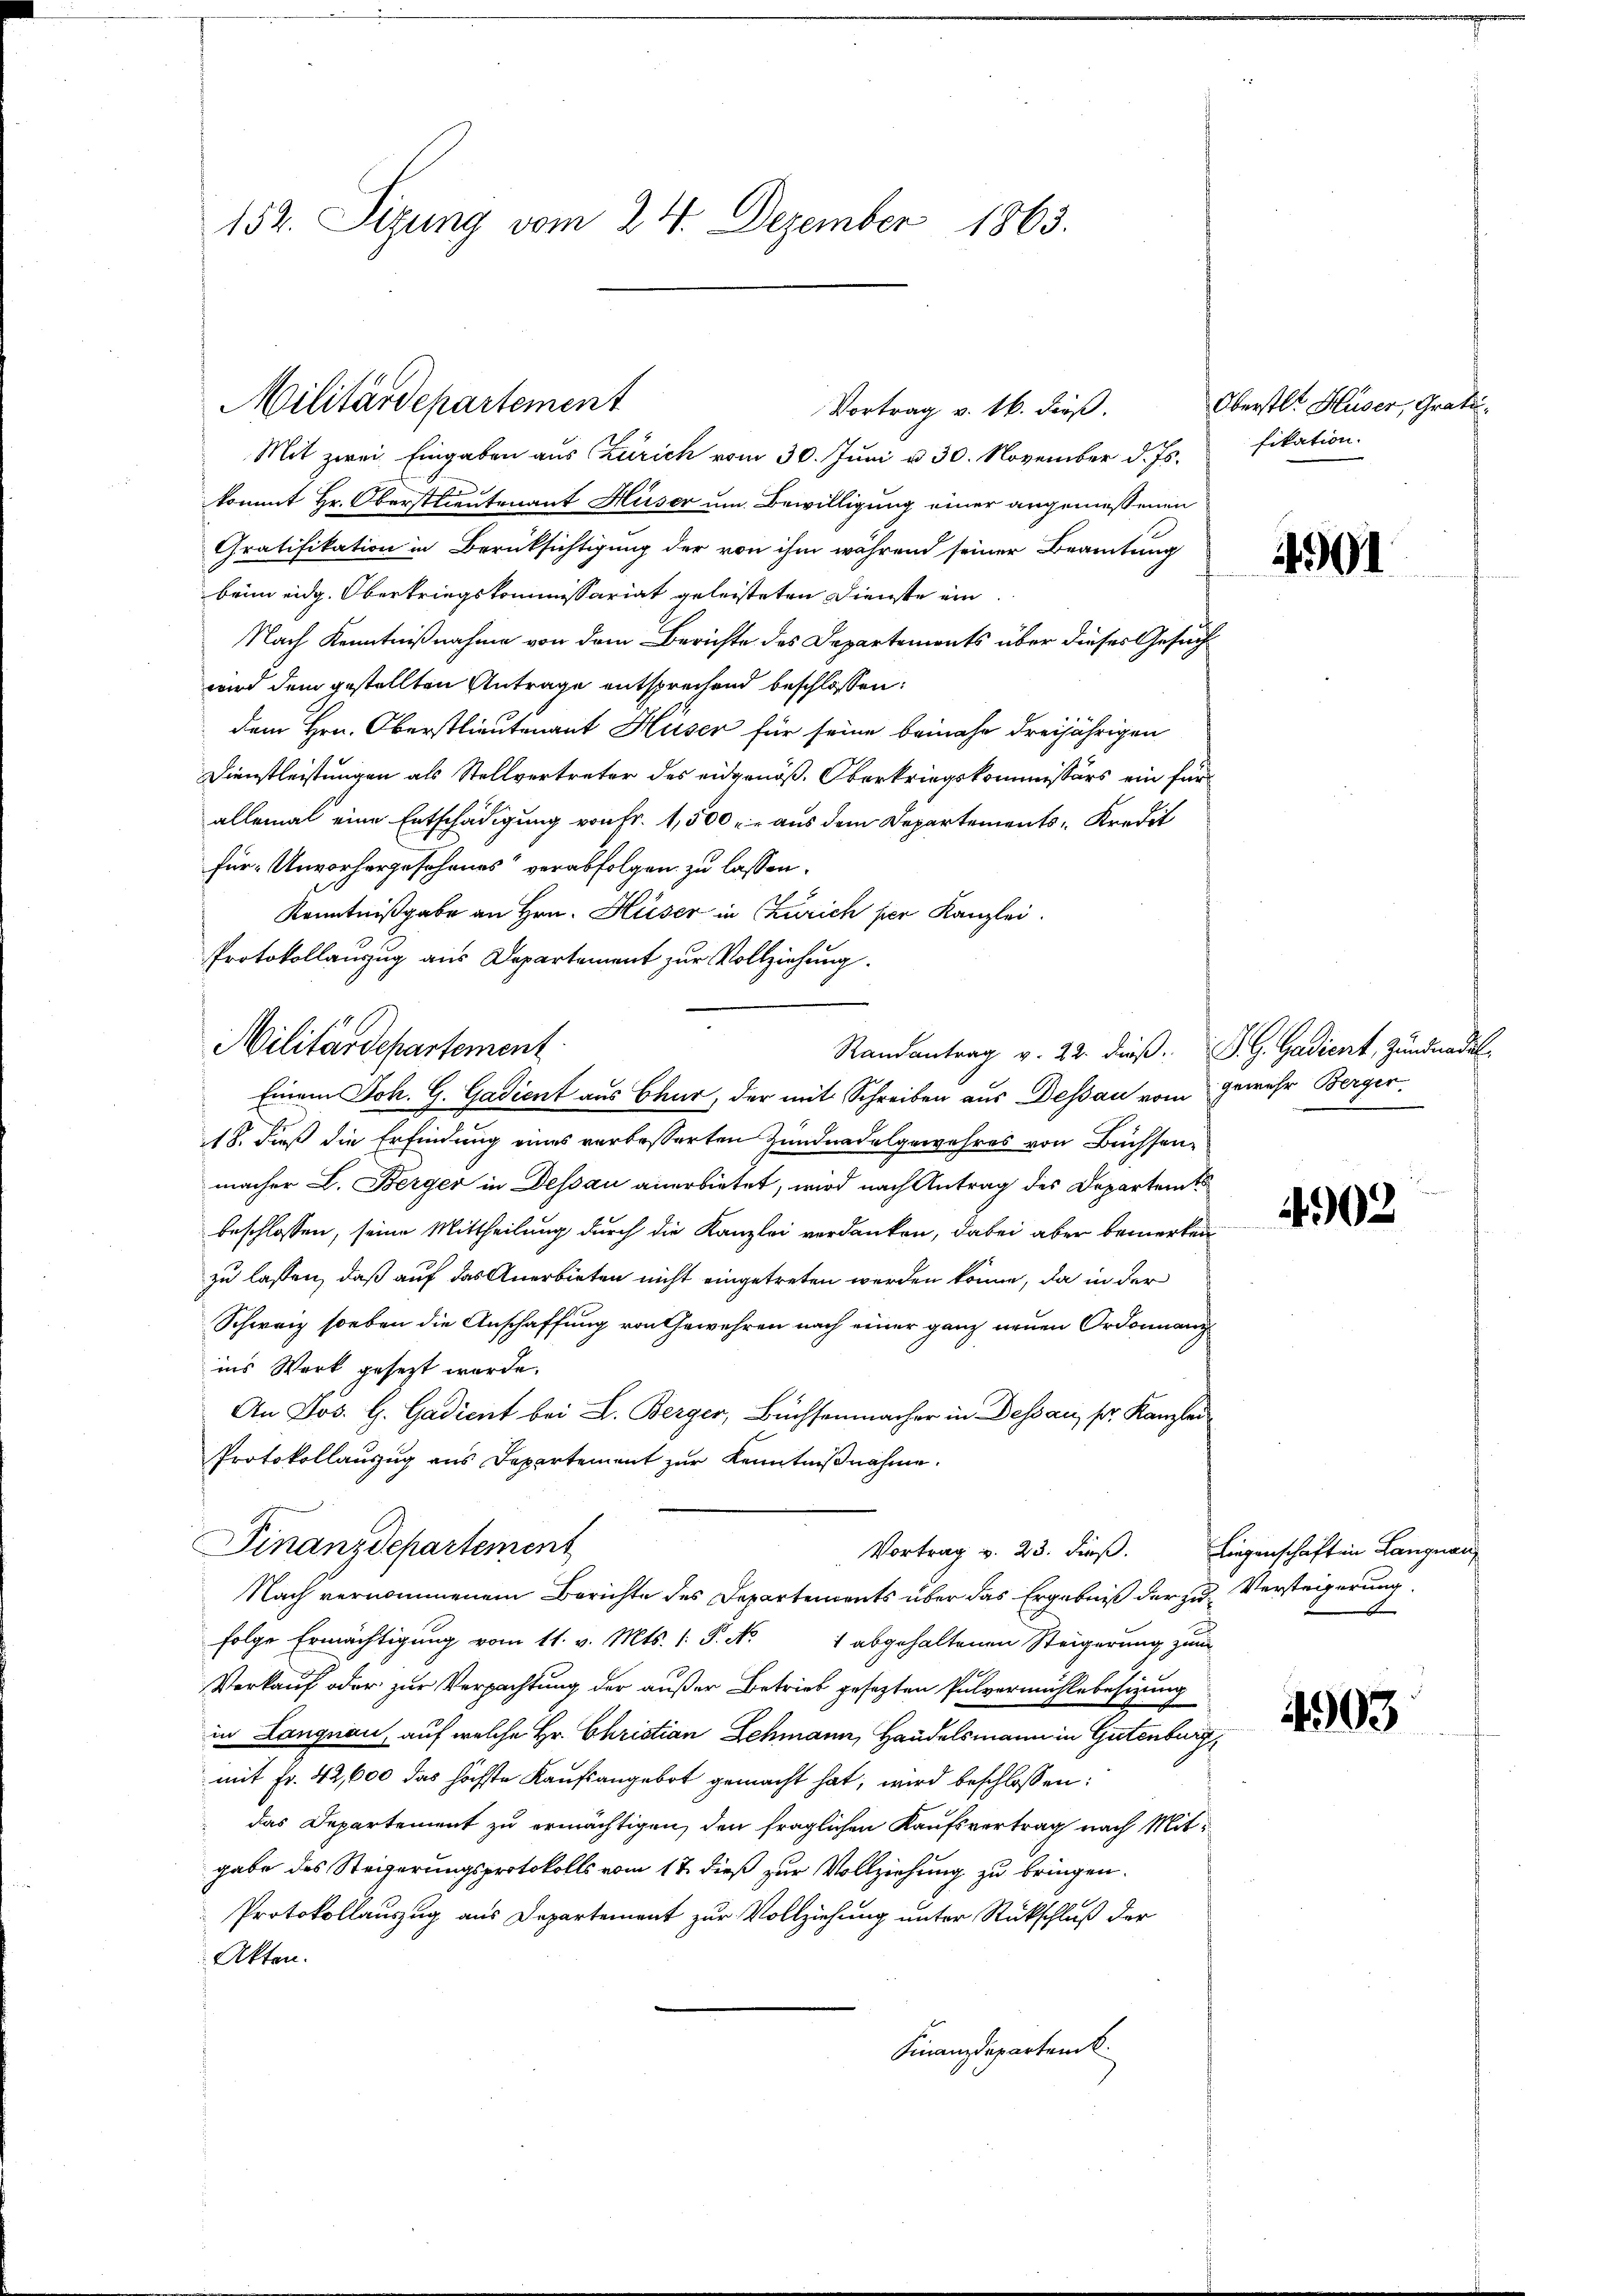
152. Sizung vom 24. Dezember 1863.

Militärdepartement
Vortrag v. 16. dieß.

Militärdepartement

Randantrag v. 22. dieß. S. G. Gadient, Zundnadel

Mit zwei Eingaben aus Zürich vom 30. Juni u. 30. November d. Js. fikation.
kommt Hr. Oberstlieutenant Huser um Bewilligung einer angemeßenen
Gratifikation in Berücksichtigung der von ihm während seiner Beamtung
bein eidg. Oberkriegskommissariat geleisteten Dienste ein
Nach Kenntnißnahme von dem Berichte des Departements über dieses Gesuch
wird dem gestellten Antrage entsprechend beschlossen:
dem Hrn. Oberstlieutenant Huser für seine beinahe dreijährigen
Dienstleistungen als Stellvertreter des eidgenöß. Oberkriegskommissärs ein für
allemal eine Entschädigung von Fr. 1,500 fr aus dem Departements-Kredit
für Unvorhergesehenes“ verabfolgen zu lassen.
Kenntnißgabe an Hrn. Hüser in Zürich per Kanzlei.
Protokollanzug aus Departement zur Vollziehung.
Einem Joh. G. Gadient aus Chur, der mit Schreiben aus Dessau vom gewehr Berger¬
18. dieß die Erfindung eines verbesserten Zundnadelgewahres von Büchsenmacher L. Berger in Dessau anerbietet, wird nach Antrag des Departent
beschlossen, seine Mittheilung durch die Kanzlei verdanken, dabei aber bemerken
zu lassen, daß auf das Anerbieten nicht eingetreten werden könne, da in der
Schweiz soeben die Anschaffung von Gewehren nach einer ganz neuen Ordonnanz
ins Werk gesezt wurde.
An Jos. H. Gadient bei L. Berger, Büchsenmacher in Dessau, ser Kanzlei
Protokollauszug aus Departement zur Kenntniβnahme.
Finanzdepartement
Vortrag v. 23. dieß.
Nach vernommenem Berichte des Departements über das Ergebniß der zufolge Ermächtigung vom 11. v. Mts. (: P. N. 1 abgehaltenen Steigerung zum
Verkauf oder zur Verpachtung der außer Betrieb gesezten Pulvermahlsbesizung
in Langnau, auf welche Hr. Christian Schmann, Handelsmann in Gutenburg,
mit Fr. 42,600 das höchste Kaufsangebot gemacht hat, wird beschlossen:
das Departement zu ermächtigen, den fraglichen Kaufsvertrag nach Mitgabe des Steigerungsprotokolls vom 17. dieß zur Vollziehung zu bringen.
Protokollauszug aus Departement zur Vollziehung unter Rückschluß der
Akten.
Finanzdepartenk

Oberstl. Huser, Grati

4901

4902

Liegenschaft in Langnau
Versteigerung.
A

1903